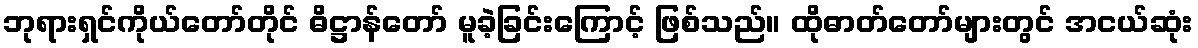
ဘုရားရှင်ကိုယ်တော်တိုင် ဓိဋ္ဌာန်တော် မူခဲ့ခြင်းကြောင့် ဖြစ်သည်။ ထိုဓာတ်တော်များတွင် အငယ်ဆုံး